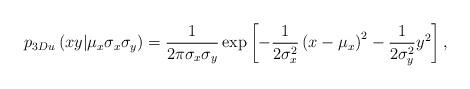
LaTeX: \begin{align*}p_{3Du}\left( xy|\mu_{x}\sigma_{x}\sigma_{y}\right) \overset{}{=}\frac{1}{2\pi\sigma_{x}\sigma_{y}}\exp\left[ -\frac{1}{2\sigma_{x}^{2}}\left( x-\mu_{x}\right) ^{2}-\frac{1}{2\sigma_{y}^{2}}y^{2}\right] ,\end{align*}